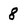
Character: 8